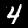
Label: 4